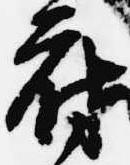
府